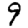
Digit: 9